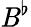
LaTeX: \mathit{B}^{\flat}